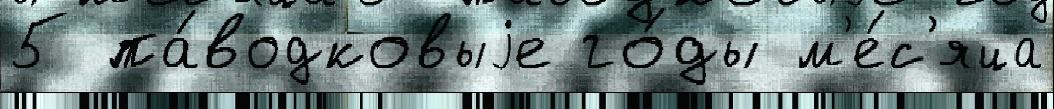
5 па́водковыjе го́ды м'е́с'яца